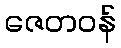
ဇေတဝန်